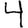
Digit: 4